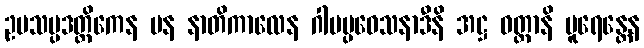
ဥပသမ္ပဒတ္ထိကေန ပန နာတိကာလေန ဂါမပ္ပဝေသနာဒီနိ အဋ္ဌ ဝတ္တာနိ ပူရေန္တေန